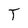
Character: T